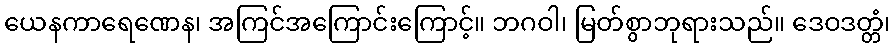
ယေနကာရေဏေန၊ အကြင်အကြောင်းကြောင့်။ ဘဂဝါ၊ မြတ်စွာဘုရားသည်။ ဒေဝဒတ္တံ၊